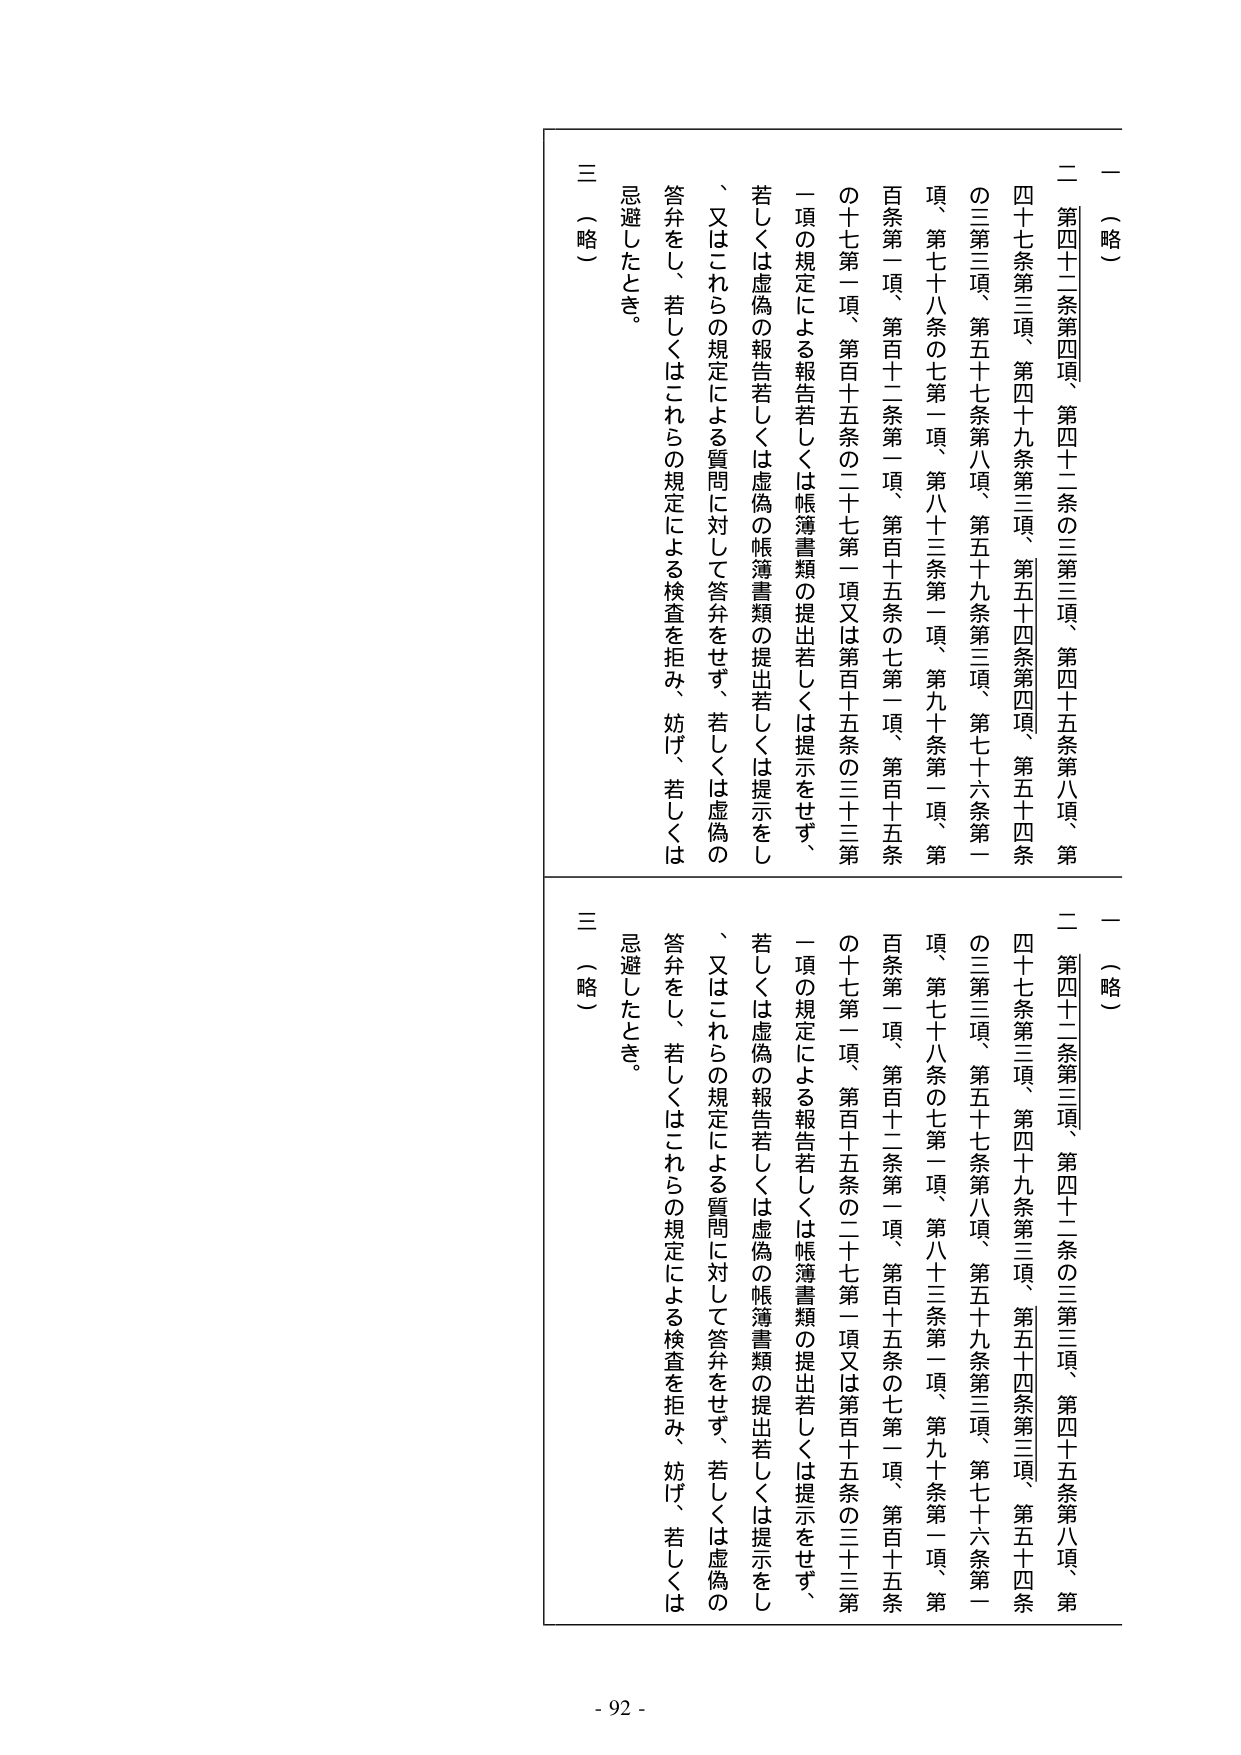
一（略）
二 第四十二条第四項、第四十二条の三第三項、第四十五条第八項、第
四十七条第三項、第四十九条第三項、第五十四条第四項、第五十四条
の三第三項、第五十七条第八項、第五十九条第三項、第七十六条第一
項、第七十八条の七第一項、第八十三条第一項、第九十条第一項、第
百条第一項、第百十二条第一項、第百十五条の七第一項、第百十五条
の十七第一項、第百十五条の二十七第一項又は第百十五条の三十三第
一項の規定による報告若しくは帳簿書類の提出若しくは提示をせず、
若しくは虚偽の報告若しくは虚偽の帳簿書類の提出若しくは提示をし
、又はこれらの規定による質問に対して答弁をせず、若しくは虚偽の
答弁をし、若しくはこれらの規定による検査を拒み、妨げ、若しくは
忌避したとき。
三（略）

一（略）
二 第四十二条第三項、第四十二条の三第三項、第四十五条第八項、第
四十七条第三項、第四十九条第三項、第五十四条第三項、第五十四条
の三第三項、第五十七条第八項、第五十九条第三項、第七十六条第一
項、第七十八条の七第一項、第八十三条第一項、第九十条第一項、第
百条第一項、第百十二条第一項、第百十五条の七第一項、第百十五条
の十七第一項、第百十五条の二十七第一項又は第百十五条の三十三第
一項の規定による報告若しくは帳簿書類の提出若しくは提示をせず、
若しくは虚偽の報告若しくは虚偽の帳簿書類の提出若しくは提示をし
、又はこれらの規定による質問に対して答弁をせず、若しくは虚偽の
答弁をし、若しくはこれらの規定による検査を拒み、妨げ、若しくは
忌避したとき。
三（略）

- 92 -